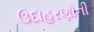
ઉદાહરણોની